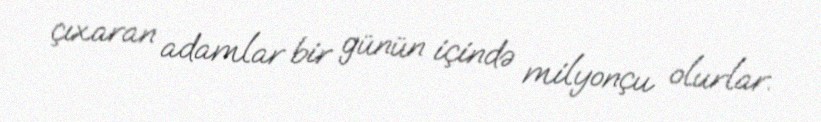
çıxaran adamlar bir günün içində milyonçu olurlar.